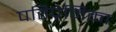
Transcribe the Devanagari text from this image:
पतिप्रेमिका